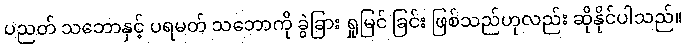
ပညတ် သဘောနှင့် ပရမတ် သဘောကို ခွဲခြား ရှုမြင် ခြင်း ဖြစ်သည်ဟုလည်း ဆိုနိုင်ပါသည်။